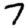
Digit: 7